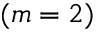
( m = 2 )